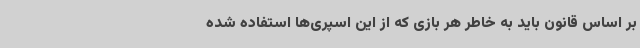
بر اساس قانون باید به خاطر هر بازی که از این اسپری‌ها استفاده شده